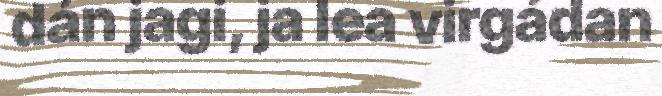
dán jagi, ja lea virgádan